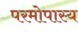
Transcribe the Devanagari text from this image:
परमोपास्य